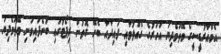
އެމްއާރުޑީސީގެ ވޭތުވެދިޔަ އަހަރުގެ ގެއްލުމާއި ފައިދާއާ ބެހޭ ގޮތުން ރިޕޯޓުގައި ބުނެފައިވަނި ވޭތުވެދިޔަ